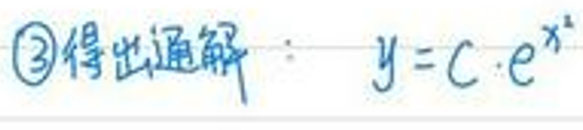
\textcircled{3}得出通解\(y = C\cdot e^{x^{2}}\)